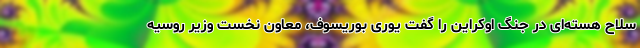
سلاح هسته‌ای در جنگ اوکراین را گفت یوری بوریسوف، معاون نخست وزیر روسیه